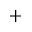
^ +